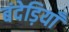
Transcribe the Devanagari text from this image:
बंदेड़ियाँ